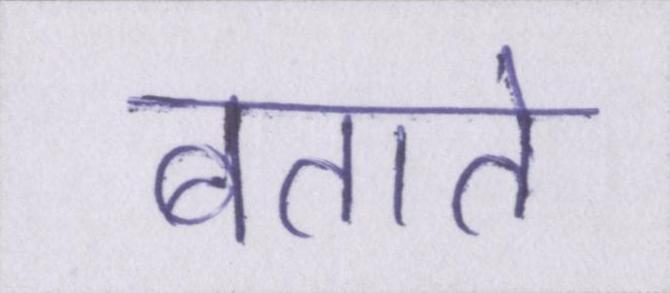
बताते